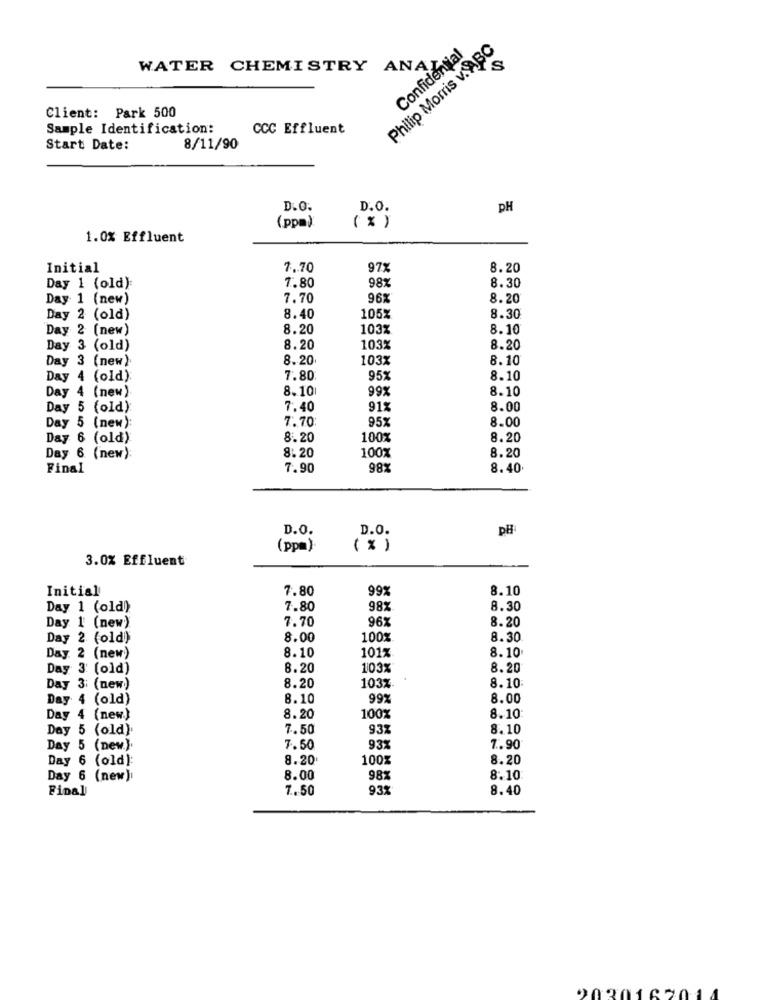
Philip Morris v. ABC
Confidential
WATER CHEMISTRY ANA
Client: Park 500
Sample Identification:
CCC Effluent
Start Date:
8/11/90
D.O.
D.O.
PH
(ppm)
( % )
1.0% Effluent
Initial
7.70
97%
8.20
7.80
98%
Day 1 (old):
8.30
Day 1 (new)
7.70
96%
8.20
Day 2 (old)
8.40
105%
8.30
Day 2 (new)
8.20
103%
8.10
Day 3 (old)
8.20
103%
8.20
Day 3 (new).
8.20
103%
8.10
Day 4 (old):
7.80
95%
8.10
Day 4 (new).
8.10
99%
8.10
Day 5 (old)
7.40
91%
8.00
7.70
95%
8.00
Day 5 (new):
Day 6
(old)
8.20
100%
8.20
100%
Day 6 (new):
8.20
8.20
Final
7.90
98%
8.40
D.O.
D.O.
pH
(ppm)
( % )
3.0% Effluent
Initial
7.80
99%
8.10
Day 1 (old)
7.80
98%
8.30
Day 1 (new)
7.70
96%
8.20
Day 2 (old)
8.00
100%
8.30
8.10
101%
8.10
Day. 2 (new)
Day 3' (old)
8.20
103%
8.20
Day 3: (new)
8.20
103%
8.10
Day 4 (old)
8.10
992
8.00
Day 4 (new)
8.20
100%
8.10
Day 5 (old)
7.50
93%
8.10
Day 5 (new.).
7.50
93%
7 .. 90
Day 6 (old)
8.20
100%
8.20
Day 6 (new)
8.00
98%
8.10
Final
7. 50
93%
8.40
202018201